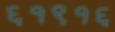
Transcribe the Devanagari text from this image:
६१९१६